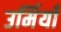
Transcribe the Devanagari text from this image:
उर्मियाँ